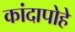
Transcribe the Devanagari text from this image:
कांदापोहे